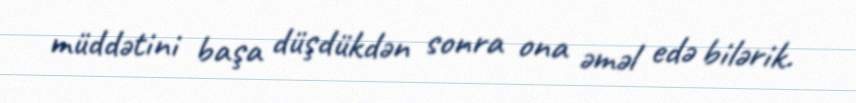
müddətini başa düşdükdən sonra ona əməl edə bilərik.